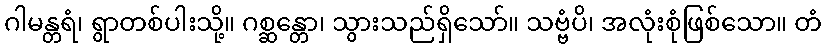
ဂါမန္တရံ၊ ရွာတစ်ပါးသို့။ ဂစ္ဆန္တော၊ သွားသည်ရှိသော်။ သဗ္ဗံပိ၊ အလုံးစုံဖြစ်သော။ တံ